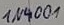
Text: IN4001